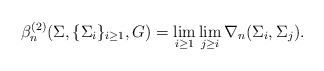
\begin{align*}\beta_n^{(2)}(\Sigma,\{\Sigma_i\}_{i\geq1},G) = \lim_{i \geq 1} \lim_{j \geq i} \nabla_n (\Sigma_i, \Sigma_j).\end{align*}